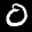
Label: 0